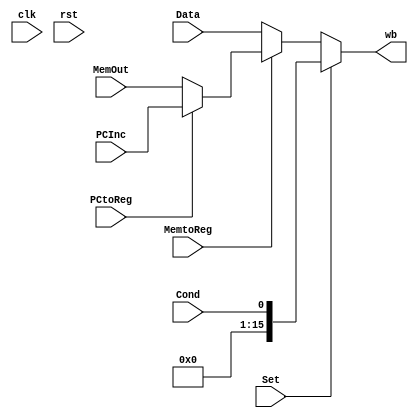
module writeback(
	//Ouputs
        wb, 
        //Inputs
        clk, rst, PCInc, MemOut, Data, Cond, PCtoReg, MemtoReg, Set
        );

	input clk;
	input rst;
	input [15:0] PCInc;
	input [15:0] MemOut;
	input [15:0] Data;
	input Cond;
	input PCtoReg;
	input MemtoReg;
	input Set;

	output [15:0] wb;
	
	wire [15:0] CondExt;
	wire [15:0] int_a, int_b;
	
	// Zero	extend Cond
	assign CondExt = {{15{1'b0}}, Cond};

	// Determine if saving pc
	assign int_a = (PCtoReg == 1'b1) ? PCInc : MemOut;

	// Determine if saving memory output
	assign int_b = (MemtoReg == 1'b1) ? int_a : Data;

	// Check if condition is used
	assign wb = (Set == 1'b1) ? CondExt : int_b;
endmodule